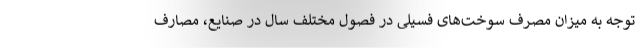
توجه به میزان مصرف سوخت‌های فسیلی در فصول مختلف سال در صنایع، مصارف